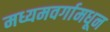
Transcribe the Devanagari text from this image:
मध्यमवर्गामधून